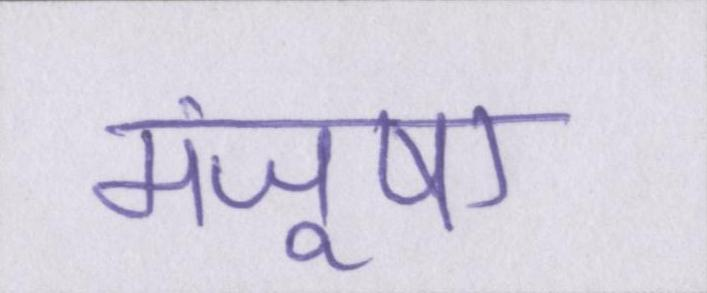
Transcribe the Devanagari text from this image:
मंजूषा